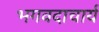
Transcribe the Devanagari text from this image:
भगवदाचार्य